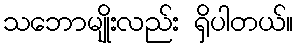
သဘောမျိုးလည်း ရှိပါတယ်။